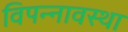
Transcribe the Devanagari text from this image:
विपन्नावस्था